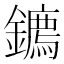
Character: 𮣘